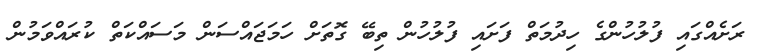
ރަށެއްގައި ފުލުހުންގެ ހިދުމަތް ފަށައި ފުލުހުން ތިބޭ ގޮތަށް ހަމަޖައްސަން މަސައްކަތް ކުރައްވަމުން